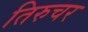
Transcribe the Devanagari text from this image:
तिरुचर